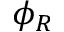
\phi _ { R }